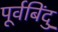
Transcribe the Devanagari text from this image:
पूर्वबिंदु